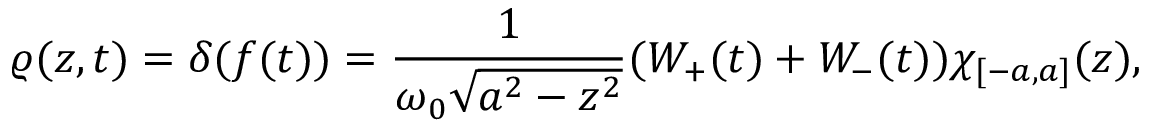
\varrho ( z , t ) = \delta ( f ( t ) ) = \frac { 1 } { \omega _ { 0 } \sqrt { a ^ { 2 } - z ^ { 2 } } } ( W _ { + } ( t ) + W _ { - } ( t ) ) \chi _ { [ - a , a ] } ( z ) ,